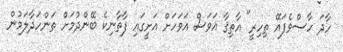
ހާދަ ހާސްވެފައޭ ތިހިރީ" އާތިޤާ އަވަސް އަވަހަށް އަށީގައި ފާތާނިކެ ބޭންދުމަށް ތަންހަދާލަމުން